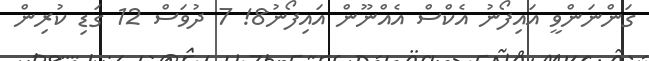
ގަންނަންވީ އައިފޯނު އެކްސް އެއްނޫން އައިފޯނު8! 7 ދުވަސް 12 ގަޑި ކުރިން